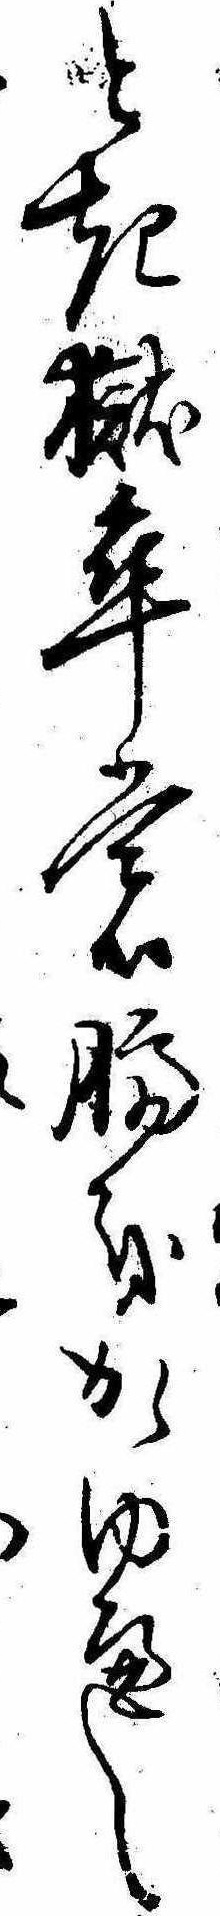
とき獄卒も臍をかゝゆへし